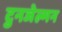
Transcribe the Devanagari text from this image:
टुनजेल्मन